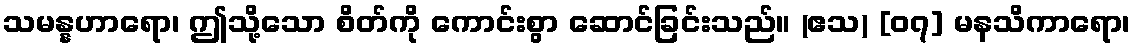
သမန္နဟာရော၊ ဤသို့သော စိတ်ကို ကောင်းစွာ ဆောင်ခြင်းသည်။ (ဧသ) [၀၇] မနသိကာရော၊